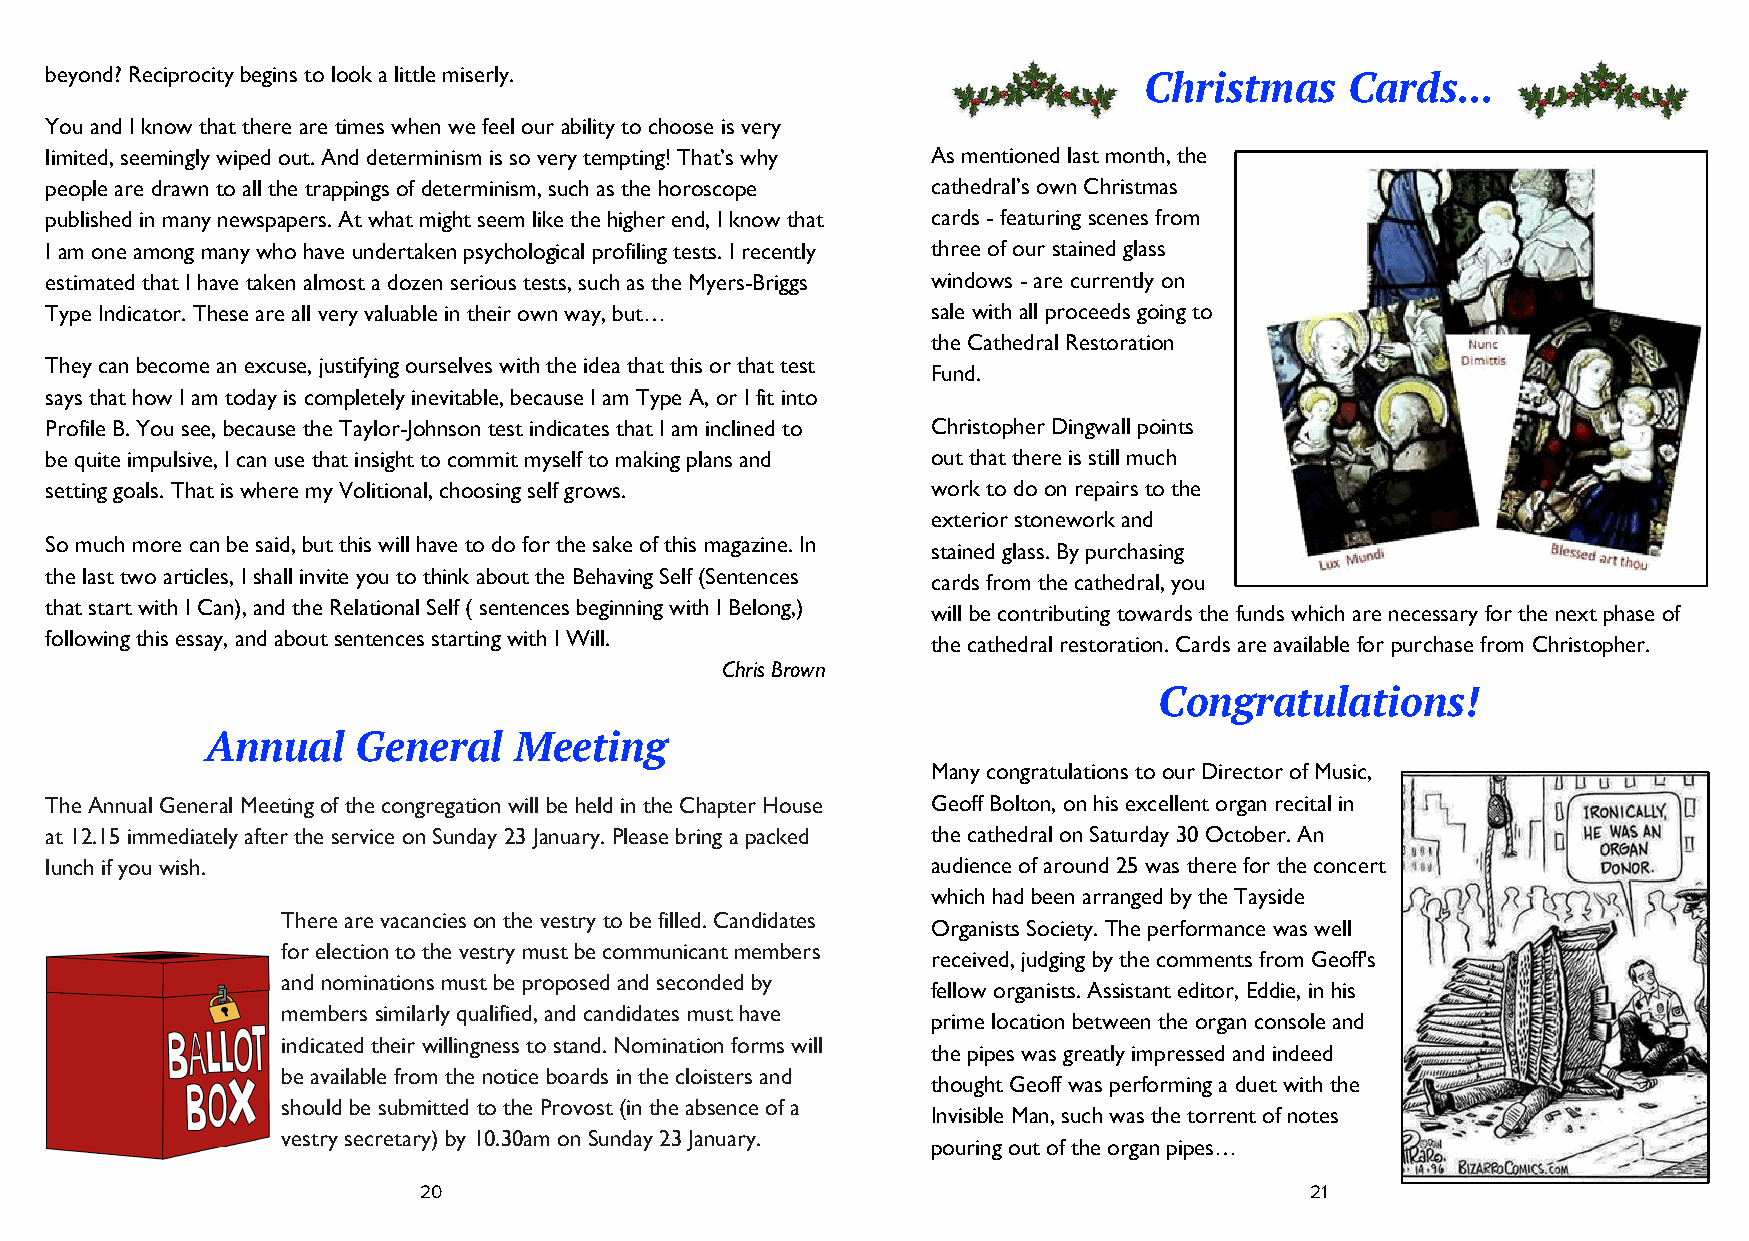
beyond? Reciprocity begins to look a little miserly.
 Christmas    Cards...
 You and I know that there are times when we feel our ability to choose is very
 limited, seemingly wiped out. And determinism is so very tempting! That’s why As mentioned last month, the
 people are drawn to all the trappings of determinism, such as the horoscope cathedral’s own Christmas
 published in many newspapers. At what might seem like the higher end, I know that cards - featuring scenes from
 I am one among many who have undertaken psychological profiling tests. I recently three of our stained glass
 estimated that I have taken almost a dozen serious tests, such as the Myers-Briggs windows - are currently on
 Type Indicator. These are all very valuable in their own way, but… sale with all proceeds going to
 the Cathedral Restoration
 They can become an excuse, justifying ourselves with the idea that this or that test
 Fund.
 says that how I am today is completely inevitable, because I am Type A, or I fit into
 Profile B. You see, because the Taylor-Johnson test indicates that I am inclined to Christopher Dingwall points
 be quite impulsive, I can use that insight to commit myself to making plans and out that there is still much
 setting goals. That is where my Volitional, choosing self grows. work to do on repairs to the
 exterior stonework and
 So much more can be said, but this will have to do for the sake of this magazine. In
 stained glass. By purchasing
 the last two articles, I shall invite you to think about the Behaving Self (Sentences
 cards from the cathedral, you
 that start with I Can), and the Relational Self ( sentences beginning with I Belong,)
 will be contributing towards the funds which are necessary for the next phase of
 following this essay, and about sentences starting with I Will.
 the cathedral restoration. Cards are available for purchase from Christopher.
 Chris Brown
 Congratulations!
 Annual    General   Meeting
 Many congratulations to our Director of Music,
 The Annual General Meeting of the congregation will be held in the Chapter House Geoff Bolton, on his excellent organ recital in
 at 12.15 immediately after the service on Sunday 23 January. Please bring a packed the cathedral on Saturday 30 October. An
 lunch if you wish.                                         audience of around 25 was there for the concert
 which had been arranged by the Tayside
 There are vacancies on the vestry to be filled. Candidates
 Organists Society. The performance was well
 for election to the vestry must be communicant members
 received, judging by the comments from Geoff's
 and nominations must be proposed and seconded by
 fellow organists. Assistant editor, Eddie, in his
 members similarly qualified, and candidates must have
 prime location between the organ console and
 indicated their willingness to stand. Nomination forms will
 the pipes was greatly impressed and indeed
 be available from the notice boards in the cloisters and
 thought Geoff was performing a duet with the
 should be submitted to the Provost (in the absence of a
 Invisible Man, such was the torrent of notes
 vestry secretary) by 10.30am on Sunday 23 January.
 pouring out of the organ pipes…
 20                                                         21